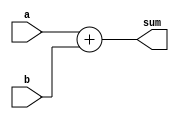
module add_w(a,b,sum);
	parameter MSB=15;
	input [MSB:0] a,b;
	output [MSB+1:0] sum;
	assign sum = a+b;
endmodule